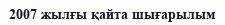
2007 жылғы қайта шығарылым